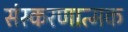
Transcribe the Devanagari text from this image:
संस्करणात्मक